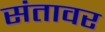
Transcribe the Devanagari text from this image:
संतावर